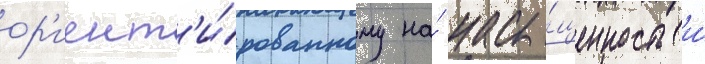
ор'иент'и́рованному на́ насы́щенность и́